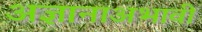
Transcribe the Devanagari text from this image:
अज्ञानाअभावी